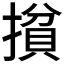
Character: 𰔢